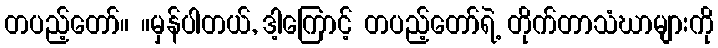
တပည့်တော်။ ။မှန်ပါတယ်, ဒါ့ကြောင့် တပည့်တော်ရဲ့ တိုက်တာသံဃာများကို